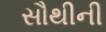
સૌથીની